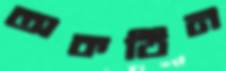
অকঠিন